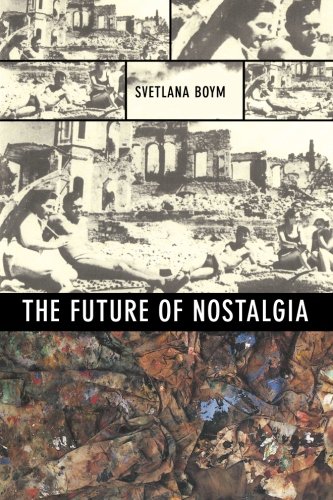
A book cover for The Future of Nostalgia; Svetlana Boym; History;